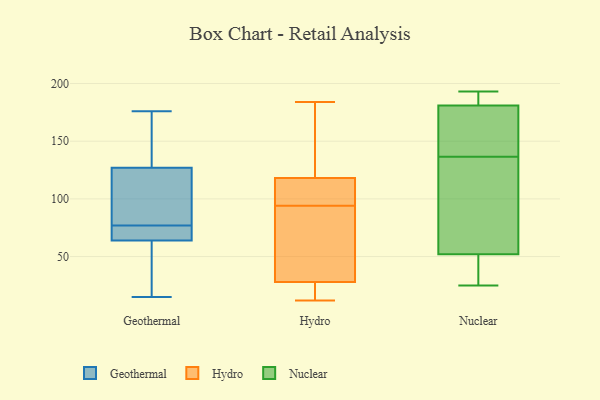
{"axis": {"x": "Page Views", "y": "Value"}, "legend": ["Geothermal", "Hydro", "Nuclear"], "data": [{"x": "", "y": 104, "type": "Geothermal"}, {"x": "", "y": 176, "type": "Geothermal"}, {"x": "", "y": 76, "type": "Geothermal"}, {"x": "", "y": 78, "type": "Geothermal"}, {"x": "", "y": 23, "type": "Geothermal"}, {"x": "", "y": 165, "type": "Geothermal"}, {"x": "", "y": 122, "type": "Geothermal"}, {"x": "", "y": 85, "type": "Geothermal"}, {"x": "", "y": 15, "type": "Geothermal"}, {"x": "", "y": 20, "type": "Geothermal"}, {"x": "", "y": 74, "type": "Geothermal"}, {"x": "", "y": 163, "type": "Geothermal"}, {"x": "", "y": 127, "type": "Geothermal"}, {"x": "", "y": 53, "type": "Geothermal"}, {"x": "", "y": 71, "type": "Geothermal"}, {"x": "", "y": 67, "type": "Geothermal"}, {"x": "", "y": 64, "type": "Geothermal"}, {"x": "", "y": 128, "type": "Geothermal"}, {"x": "", "y": 124, "type": "Hydro"}, {"x": "", "y": 28, "type": "Hydro"}, {"x": "", "y": 118, "type": "Hydro"}, {"x": "", "y": 184, "type": "Hydro"}, {"x": "", "y": 17, "type": "Hydro"}, {"x": "", "y": 72, "type": "Hydro"}, {"x": "", "y": 116, "type": "Hydro"}, {"x": "", "y": 12, "type": "Hydro"}, {"x": "", "y": 118, "type": "Hydro"}, {"x": "", "y": 58, "type": "Hydro"}, {"x": "", "y": 193, "type": "Nuclear"}, {"x": "", "y": 143, "type": "Nuclear"}, {"x": "", "y": 188, "type": "Nuclear"}, {"x": "", "y": 25, "type": "Nuclear"}, {"x": "", "y": 139, "type": "Nuclear"}, {"x": "", "y": 25, "type": "Nuclear"}, {"x": "", "y": 96, "type": "Nuclear"}, {"x": "", "y": 181, "type": "Nuclear"}, {"x": "", "y": 170, "type": "Nuclear"}, {"x": "", "y": 52, "type": "Nuclear"}, {"x": "", "y": 105, "type": "Nuclear"}, {"x": "", "y": 187, "type": "Nuclear"}, {"x": "", "y": 40, "type": "Nuclear"}, {"x": "", "y": 134, "type": "Nuclear"}]}